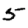
Digit: 5